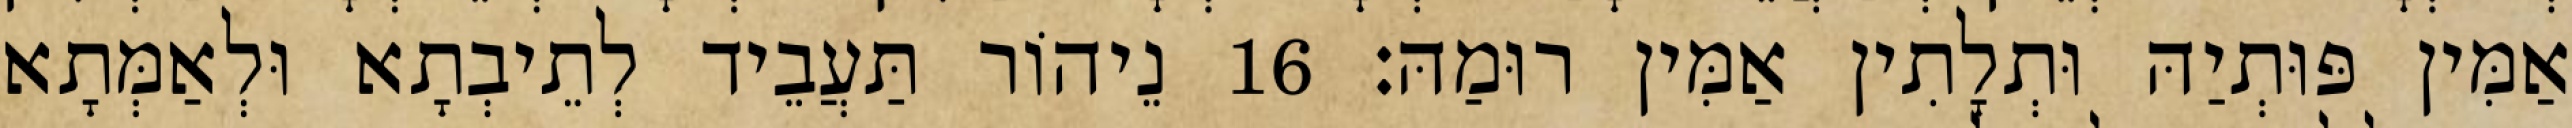
אַמִּין פּוּתְיַהּ וּתְלָתִין אַמִּין רוּמַהּ׃ 16 נֵיהוֹר תַּעֲבֵיד לְתֵיבְתָא וּלְאַמְּתָא